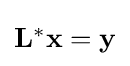
{\textstyle \mathbf {L^{*}x} =\mathbf {y} }